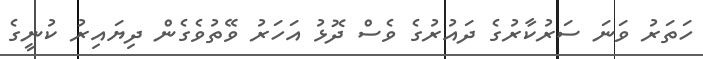
ހަތަރު ވަނަ ސަރުކާރުގެ ދައުރުގެ ވެސް ދޮޅު އަހަރު ވޭތުވެގެން ދިޔައިރު ކުނީގެ